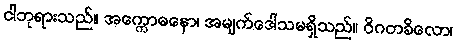
ငါဘုရားသည်။ အက္ကောဓနော၊ အမျက်ဒေါသမရှိသည်။ ဝိဂတခိလော၊